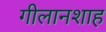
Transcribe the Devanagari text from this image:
गीलानशाह